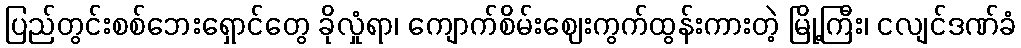
ပြည်တွင်းစစ်ဘေးရှောင်တွေ ခိုလှုံရာ၊ ကျောက်စိမ်းဈေးကွက်ထွန်းကားတဲ့ မြို့ကြီး၊ ငလျင်ဒဏ်ခံ